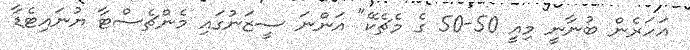
އަހަރެން ބުނާނީ މިއީ 50-50 ގެ މެޗެކޭ" އަންނަ ސީޒަނުގައި މެންޗެސްޓާ ޔުނައިޓެޑާ